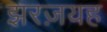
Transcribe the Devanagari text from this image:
झरज़यह